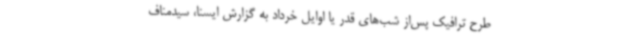
طرح ترافیک پس‌از شب‌های قدر یا اوایل خرداد به گزارش ایسنا، سیدمناف